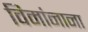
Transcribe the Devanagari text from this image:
विमांनाना